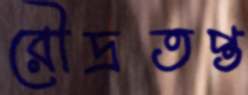
রৌদ্রতপ্ত